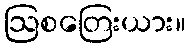
ဩစတြေးယား။